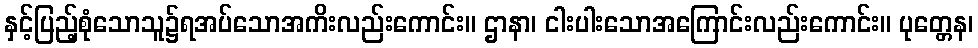
နှင့်ပြည့်စုံသောသူ၌ရအပ်သောအကိးလည်းကောင်း။ ဌာနာ၊ ငါးပါးသောအကြောင်းလည်းကောင်း။ ပုတ္တေန၊